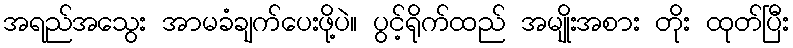
အရည်အသွေး အာမခံချက်ပေးဖို့ပဲ။ ပွင့်ရိုက်ထည် အမျိုးအစား တိုး ထုတ်ပြီး